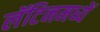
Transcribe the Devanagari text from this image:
लॅटिनमध्यें